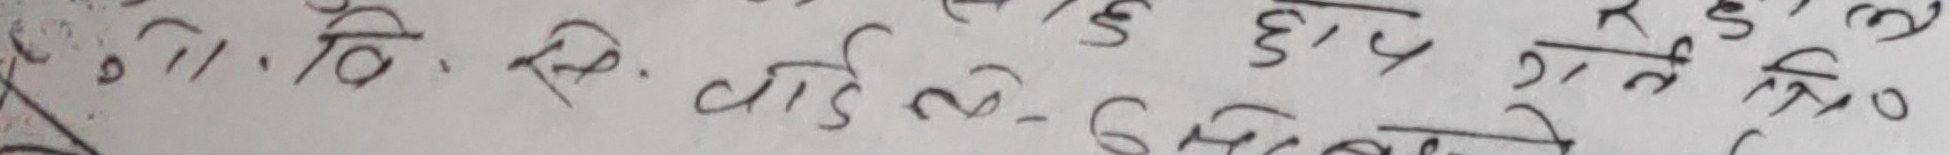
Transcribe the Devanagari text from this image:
११. वि. सि. वाई ल - झमेले ६ हुन र गले त्रि.०